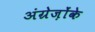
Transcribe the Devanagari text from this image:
अंग्रेज़ोंके